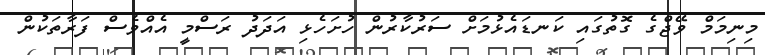
މިނިމަމް ވޭޖްގެ ގޮތުގައި ކަނޑައެޅުމަށް ސަރުކާރުން ހުށަހެޅި އަދަދު ރަސްމީ އެއްވެސް ފަރާތަކުން